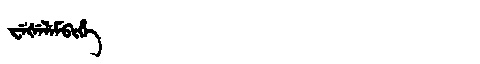
Manchu: ᠸᡝᡧᡝᠯᡝᠮᠪᡳᡥᡝ
Romanization: WEŠELEMBIHE